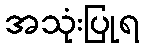
အသုံးပြုရ